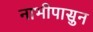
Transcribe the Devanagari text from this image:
नाभीपासुन